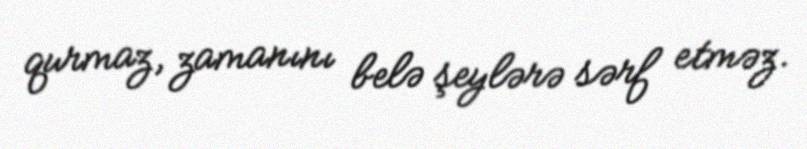
qurmaz, zamanını belə şeylərə sərf etməz.